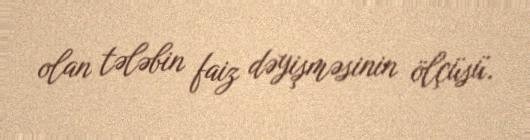
olan tələbin faiz dəyişməsinin ölçüsü.